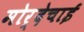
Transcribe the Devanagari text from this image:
मोर्देचाई